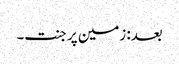
بعد: زمین پر جنت۔